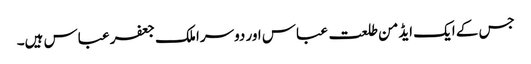
جس کے ایک ایڈمن طلعت عباس اور دوسرا ملک جعفر عباس ہیں۔